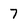
Character: 7